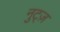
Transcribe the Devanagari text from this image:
नुट्ज़